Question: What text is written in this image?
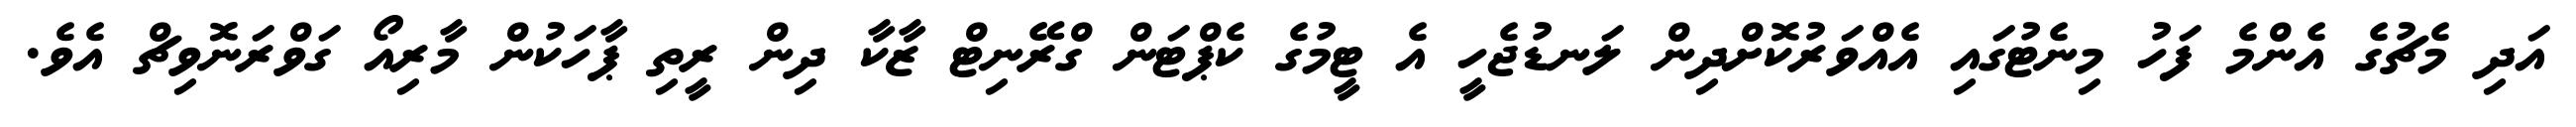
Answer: އަދި މެޗުގެ އެންމެ ފަހު މިނެޓުގައި އެއްވަރުކޮށްދިން ލަނޑުޖެހީ އެ ޓީމުގެ ކެޕްޓަން ގްރޭނިޓް ޒާކާ ދިން ރީތި ޕާހަކުން މާރިއޯ ގަވްރަނޮވިޗް އެވެ.